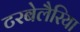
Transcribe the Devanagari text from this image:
टरबेलैरिया